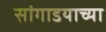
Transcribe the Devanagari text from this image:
सांगाडयाच्या